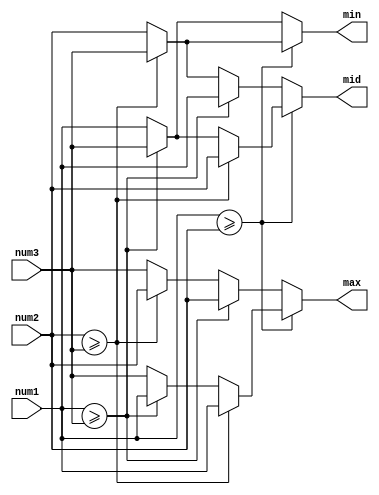
// modules for choose the median
//moduele for only 3 numbers
module sort_3_number(

	input [7:0] num1,
	input [7:0] num2,
	input [7:0] num3,

	output [7:0] max,
	output [7:0] mid,
	output [7:0] min

);

reg [7:0] next_max,next_mid,next_min;
assign max = next_max;
assign mid = next_mid;
assign min = next_min;

always@(*)begin
	if(num1>=num2)begin
		if(num2>=num3)begin
			next_max = num1;
			next_mid = num2;
			next_min = num3;
		end
		else begin    //num3>num2
			if(num1>=num3)begin 
				next_max = num1;
				next_mid = num3;
				next_min = num2;
			end
			else begin   //num3>num1
				next_max = num3;
				next_mid = num1;
				next_min = num2;
			end
		end		
	end
	else begin //num2>num1
		if(num1>=num3)begin
			next_max = num2;
			next_mid = num1;
			next_min = num3;
		end
		else begin //num3>num1
			if(num2>=num3)begin
				next_max = num2;
				next_mid = num3;
				next_min = num1;
			end
			else begin //num3>num2
				next_max = num3;
				next_mid = num2;
				next_min = num1;
			end
		end
	end	




end

endmodule


//module for sort row
module sort_row(
	input [7:0] i_position_1_1,
	input [7:0] i_position_2_1,
	input [7:0] i_position_3_1,

	input [7:0] i_position_1_2,
	input [7:0] i_position_2_2,
	input [7:0] i_position_3_2,

	input [7:0] i_position_1_3,
	input [7:0] i_position_2_3,
	input [7:0] i_position_3_3,

	output [7:0] o_position_1_1,
	output [7:0] o_position_2_1,
	output [7:0] o_position_3_1,

	output [7:0] o_position_1_2,
	output [7:0] o_position_2_2,
	output [7:0] o_position_3_2,

	output [7:0] o_position_1_3,
	output [7:0] o_position_2_3,
	output [7:0] o_position_3_3
);

wire [7:0] max_1,mid_1,min_1;
wire [7:0] max_2,mid_2,min_2;
wire [7:0] max_3,mid_3,min_3;

sort_3_number s_1(
	.num1(i_position_1_1),
	.num2(i_position_2_1),
	.num3(i_position_3_1),

	.max(max_1),
	.mid(mid_1),
	.min(min_1)	
);
sort_3_number s_2(
	.num1(i_position_1_2),
	.num2(i_position_2_2),
	.num3(i_position_3_2),

	.max(max_2),
	.mid(mid_2),
	.min(min_2)	
);
sort_3_number s_3(
	.num1(i_position_1_3),
	.num2(i_position_2_3),
	.num3(i_position_3_3),

	.max(max_3),
	.mid(mid_3),
	.min(min_3)	
);


assign o_position_1_1 = max_1;
assign o_position_2_1 = mid_1;
assign o_position_3_1 = min_1;

assign o_position_1_2 = max_2;
assign o_position_2_2 = mid_2;
assign o_position_3_2 = min_2;

assign o_position_1_3 = max_3;
assign o_position_2_3 = mid_3;
assign o_position_3_3 = min_3;

endmodule


// last module for choose the median
module choose_median(
	input [7:0] i_position_1_1,
	input [7:0] i_position_2_1,
	input [7:0] i_position_3_1,

	input [7:0] i_position_1_2,
	input [7:0] i_position_2_2,
	input [7:0] i_position_3_2,

	input [7:0] i_position_1_3,
	input [7:0] i_position_2_3,
	input [7:0] i_position_3_3,

	output [7:0] median
);

wire [7:0]  temp_1_1,temp_2_1,temp_3_1;
wire [7:0]  temp_1_2,temp_2_2,temp_3_2;
wire [7:0]  temp_1_3,temp_2_3,temp_3_3;

wire [7:0]  temp_max_1,temp_mid_1,temp_min_1;
wire [7:0]  temp_max_2,temp_mid_2,temp_min_2;
wire [7:0]  temp_max_3,temp_mid_3,temp_min_3;

wire [7:0]  last_max,last_mid,last_min;


sort_row sort_row_1(
	.i_position_1_1(i_position_1_1),
	.i_position_2_1(i_position_2_1),
	.i_position_3_1(i_position_3_1),

	.i_position_1_2(i_position_1_2),
	.i_position_2_2(i_position_2_2),
	.i_position_3_2(i_position_3_2),

	.i_position_1_3(i_position_1_3),
	.i_position_2_3(i_position_2_3),
	.i_position_3_3(i_position_3_3),

	.o_position_1_1(temp_1_1),
	.o_position_2_1(temp_2_1),
	.o_position_3_1(temp_3_1),

	.o_position_1_2(temp_1_2),
	.o_position_2_2(temp_2_2),
	.o_position_3_2(temp_3_2),

	.o_position_1_3(temp_1_3),
	.o_position_2_3(temp_2_3),
	.o_position_3_3(temp_3_3)
);

sort_row sort_row_2(
	.i_position_1_1(temp_1_1),
	.i_position_2_1(temp_1_2),
	.i_position_3_1(temp_1_3),

	.i_position_1_2(temp_2_1),
	.i_position_2_2(temp_2_2),
	.i_position_3_2(temp_2_3),

	.i_position_1_3(temp_3_1),
	.i_position_2_3(temp_3_2),
	.i_position_3_3(temp_3_3),	

	.o_position_1_1(temp_max_1),
	.o_position_2_1(temp_max_2),
	.o_position_3_1(temp_max_3),

	.o_position_1_2(temp_mid_1),
	.o_position_2_2(temp_mid_2),
	.o_position_3_2(temp_mid_3),

	.o_position_1_3(temp_min_1),
	.o_position_2_3(temp_min_2),
	.o_position_3_3(temp_min_3)
);

sort_3_number last_sort(
	.num1(temp_max_3),
	.num2(temp_mid_2),
	.num3(temp_min_1),

	.max(last_max),
	.mid(last_mid),
	.min(last_min)
);

assign median = last_mid;

endmodule